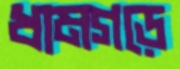
ধামগড়ে